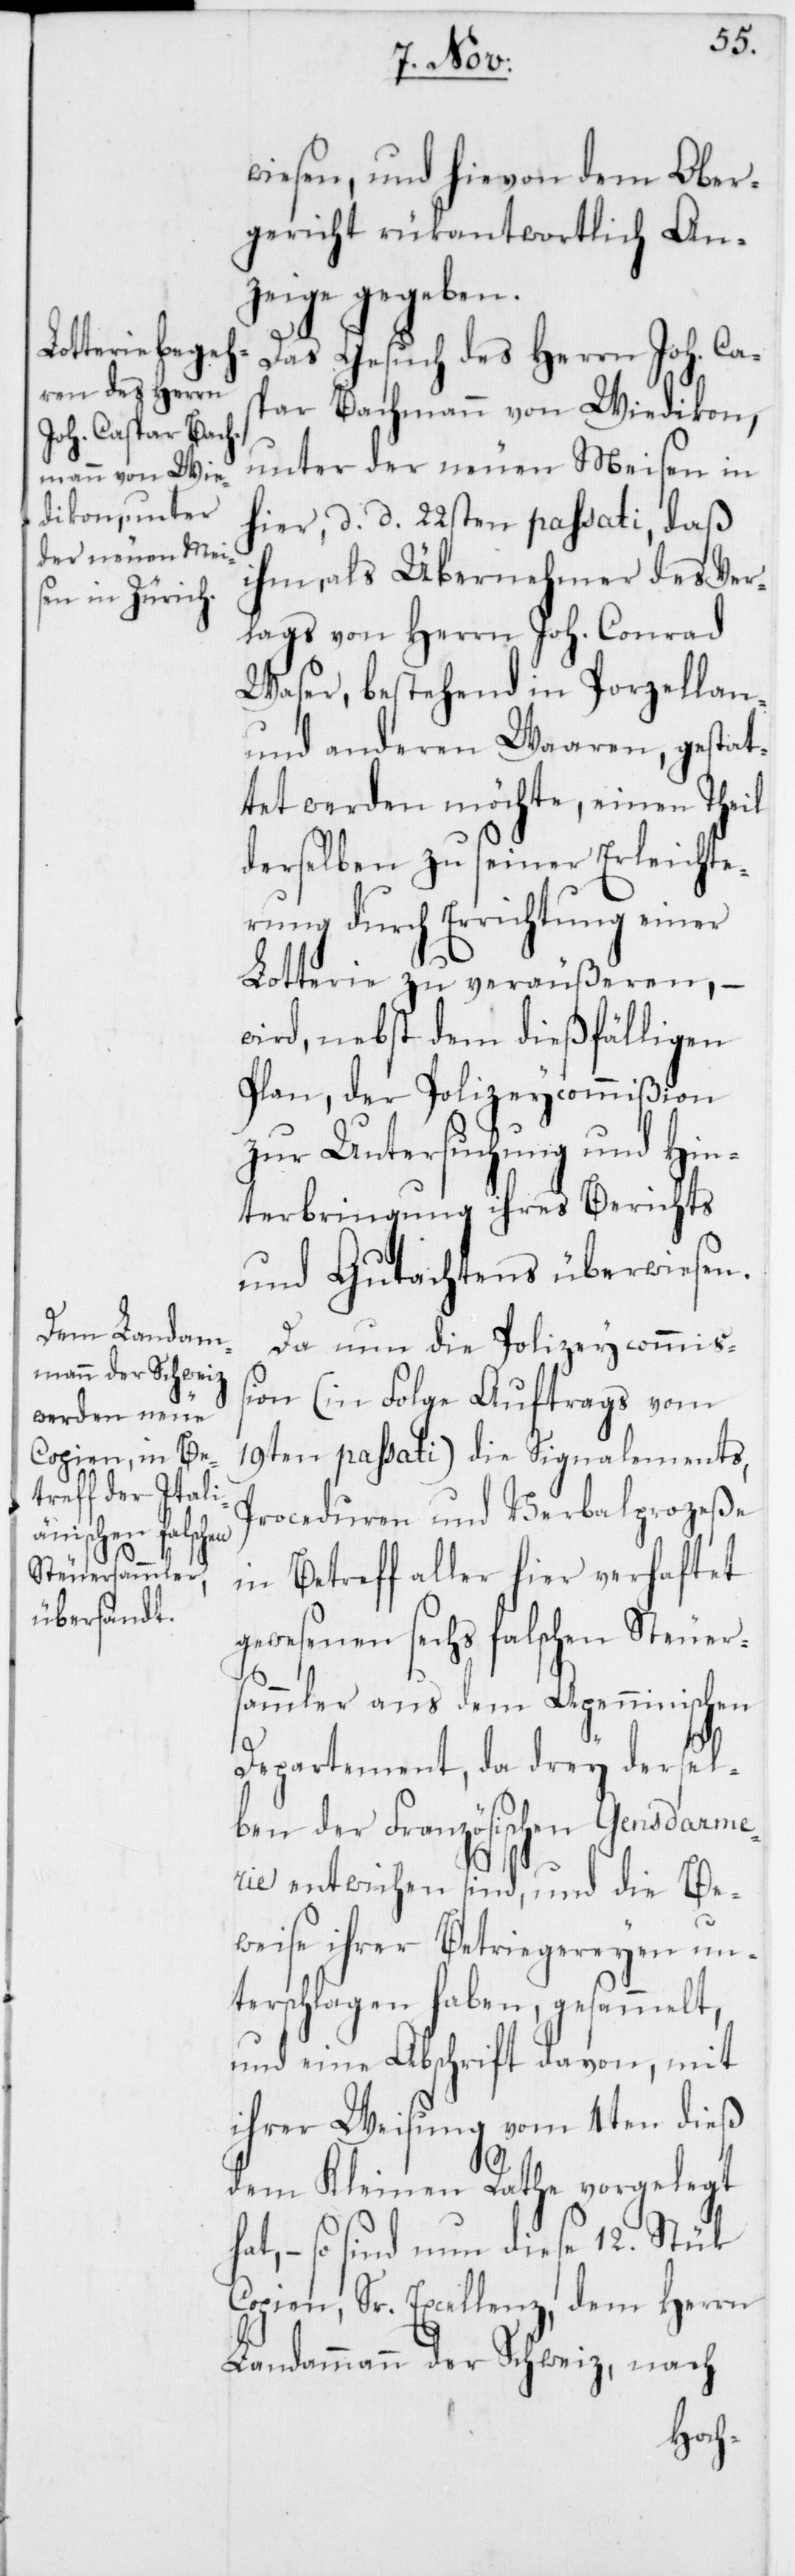
wiesen, und hievon dem Ober¬
gericht rükantwortlich An¬
zeige gegeben.
Das Gesuch des Herrn Joh. Cas¬
par Bachmann von Wiedikon,
unter der neuen Meisen in
hier, d. d. 22sten passati, daß
ihm, als Übernehmer des Ver¬
lags von Herrn Conrad
Waser, bestehend in Porzellan
und anderen Waaren, gestat¬
tet werden möchte, einen Theil
derselben zu seiner Erleichte¬
rung durch Errichtung einer
Lotterie zu veräußeren, –
wird, nebst dem dießfälligen
Plan, der PolizeyCommißion
zur Untersuchung und Hin¬
terbringung ihres Berichts
und Gutachtens überwiesen.
Da nun die Polizeycommiß¬
ion (In Folge Auftrags vom
19ten passati) die Signalements,
Proceduren und Verbalprozeße
in Betreff aller hier verhaftet
gewesenen sechs falschen Steuer¬
sammler aus dem Apenninischen
Departement, da drey dersel¬
ben der Französischen Gendarme¬
rie entwichen sind, und die Be¬
weise ihrer Betriegereyen un¬
terschlagen haben, gesammelt,
und eine Abschrift davon, mit
ihrer Weisung vom 4ten dieß
dem Kleinen Rathe vorgelegt
so sind nun diese 12. Stük
Copien, Sr. Excellenz, dem Herrn
Landammann der Schweiz, nach